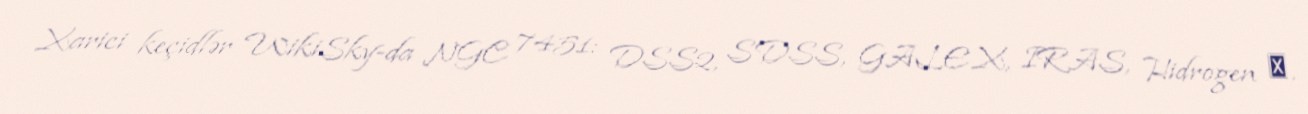
Xarici keçidlər WikiSky-da NGC 7451: DSS2, SDSS, GALEX, IRAS, Hidrogen α,